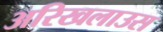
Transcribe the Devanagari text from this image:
अरिखलाउस